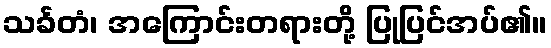
သင်္ခတံ၊ အကြောင်းတရားတို့ ပြုပြင်အပ်၏။